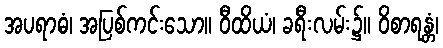
အပရာဓံ၊ အပြစ်ကင်းသော။ ဝီထိယံ၊ ခရီးလမ်း၌။ ဝိစာရန္တံ၊